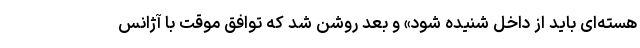
هسته‌ای باید از داخل شنیده شود» و بعد روشن شد که توافق موقت با آژانس